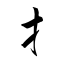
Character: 扌